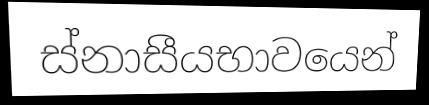
ස්නාසීයභාවයෙන්